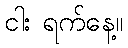
ငါး ရက်နေ့။